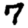
Digit: 7